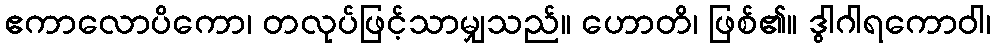
ဧကာလောပိကော၊ တလုပ်ဖြင့်သာမျှသည်။ ဟောတိ၊ ဖြစ်၏။ ဒွါဂါရကောဝါ၊